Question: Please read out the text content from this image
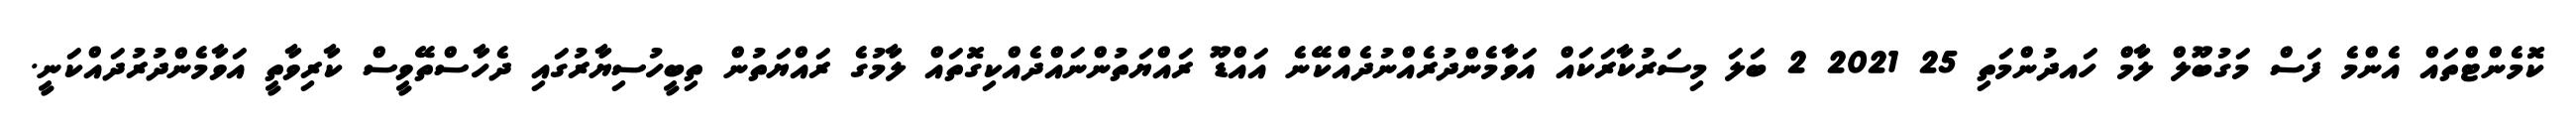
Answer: ކޮމެންޓްތައް އެންމެ ފަސް މަގުބޫލް ލާމް ހައދުންމަތި 25 2021 2 ބަލަ މިސަރުކާރަކައް އަވާމެންދުރެއްނުދެއްކޭނެ އައްޑޫ ރައްޔަތުންނައްދެއްކިގޮތައް ލާމުގެ ރައްޔަތުން ތިބީހުސިޔާރުގައި ދެހާސްތޭވީސް ކާރިވާތީ އަވާމެންދުރުދައްކަނީ.